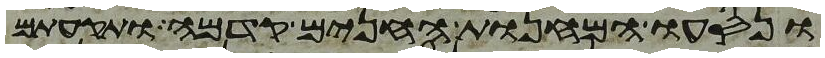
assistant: ונסעו המחנות החנים קדמה ותקעתם